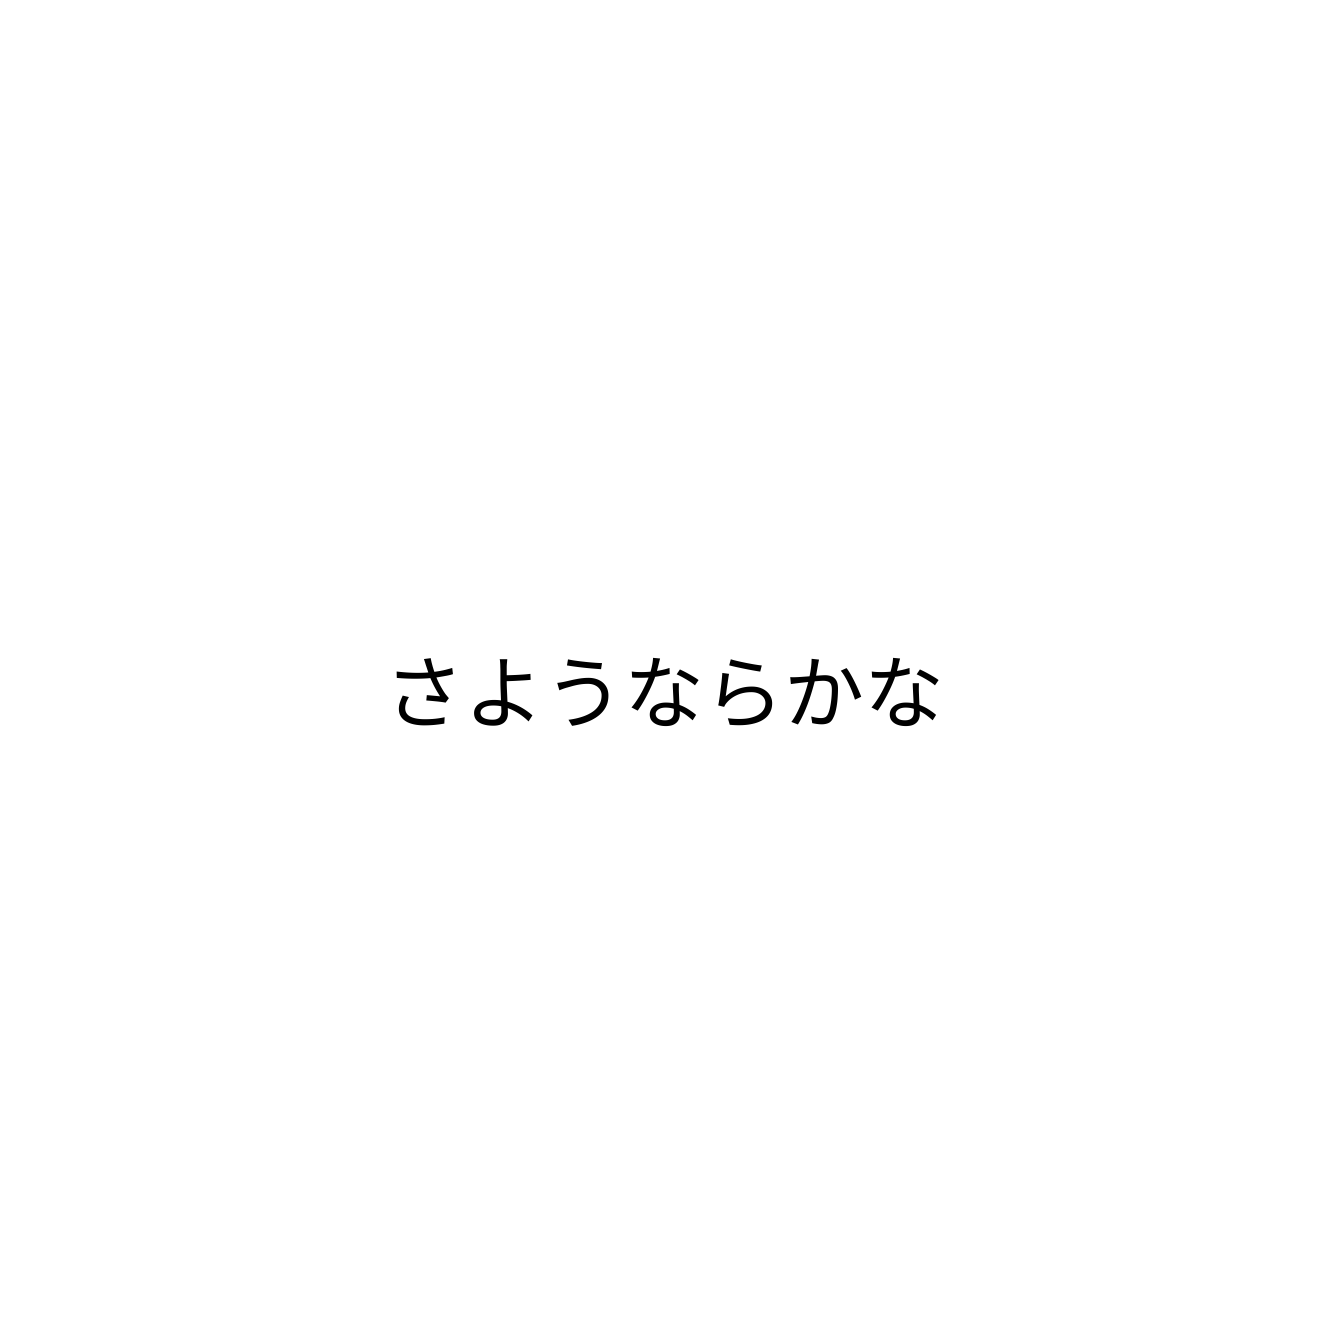
さようならかな